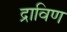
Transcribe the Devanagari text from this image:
द्राविण